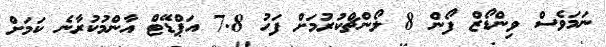
ނަމަވެސް ވިންޑޯޒް ފޯން 8 ލޯންޗްކުރުމަށް ފަހު 7.8 އަޕްޑޭޓް އާންމުކުރާނެ ކަމަށް